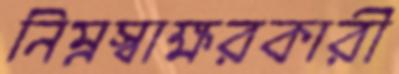
নিম্নস্বাক্ষরকারী